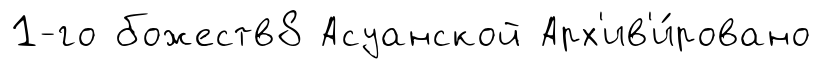
1-го божеств8 Асуанской Арх'ив'и́ровано